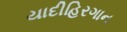
યાદીહિરગાન